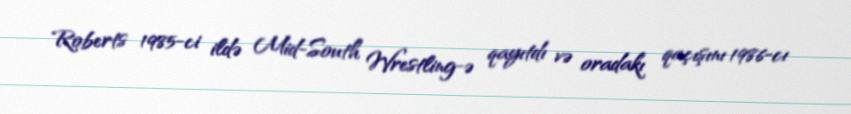
Roberts 1985-ci ildə Mid-South Wrestling-ə qayıtdı və oradakı qaçışını 1986-cı